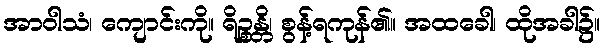
အာဝါသံ၊ ကျောင်းကို။ ရိဉ္စန္တိ၊ စွန့်ရကုန်၏။ အထခေါ၊ ထိုအခါ၌။